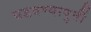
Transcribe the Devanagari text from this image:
घडवण्यापुर्वी